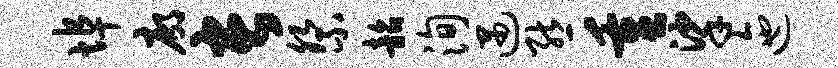
埠廓长祭韶洵遇熊重挲迤